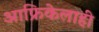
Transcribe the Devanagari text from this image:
आफ्रिकेलाही